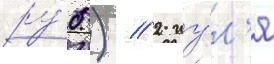
ру́б.) // 2 иу́л'я